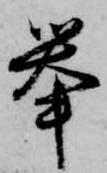
挙